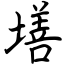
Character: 墡